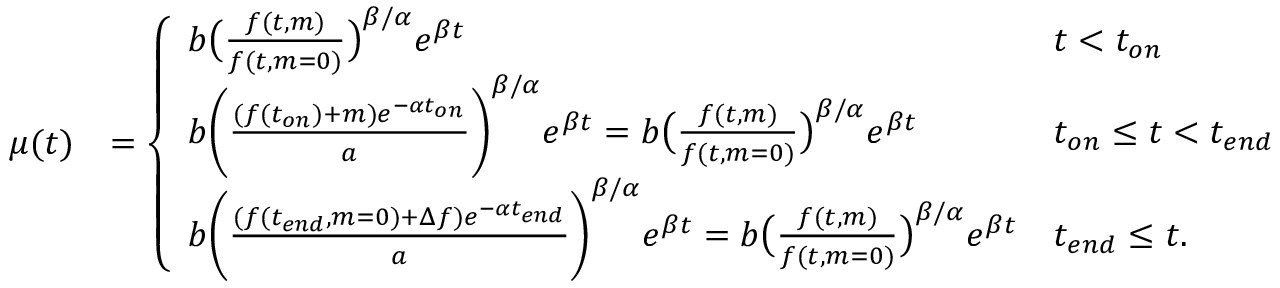
\begin{array} { r l } { \mu ( t ) } & { = \left\{ \begin{array} { l l } { b \big ( \frac { f ( t , m ) } { f ( t , m = 0 ) } \big ) ^ { \beta / \alpha } e ^ { \beta t } } & { t < t _ { o n } } \\ { b \bigg ( \frac { ( f ( t _ { o n } ) + m ) e ^ { - \alpha t _ { o n } } } { a } \bigg ) ^ { \beta / \alpha } e ^ { \beta t } = b \big ( \frac { f ( t , m ) } { f ( t , m = 0 ) } \big ) ^ { \beta / \alpha } e ^ { \beta t } } & { t _ { o n } \leq t < t _ { e n d } } \\ { b \bigg ( \frac { ( f ( t _ { e n d } , m = 0 ) + \Delta f ) e ^ { - \alpha t _ { e n d } } } { a } \bigg ) ^ { \beta / \alpha } e ^ { \beta t } = b \big ( \frac { f ( t , m ) } { f ( t , m = 0 ) } \big ) ^ { \beta / \alpha } e ^ { \beta t } } & { t _ { e n d } \leq t . } \end{array} \right. } \end{array}